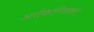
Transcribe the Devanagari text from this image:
अरौकारिअसाए